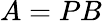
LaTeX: A=PB